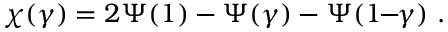
\chi ( \gamma ) = 2 \Psi ( 1 ) - \Psi ( \gamma ) - \Psi ( 1 \! \! - \! \! \gamma ) \ .